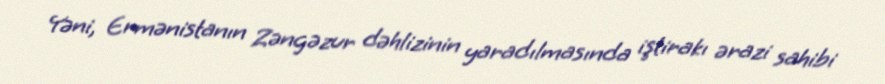
Yəni, Ermənistanın Zəngəzur dəhlizinin yaradılmasında iştirakı ərazi sahibi